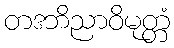
တဒဘိညာဝိမုတ္တံ